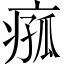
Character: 𪽵